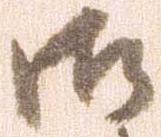
御